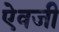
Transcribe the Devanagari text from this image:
एेवजी